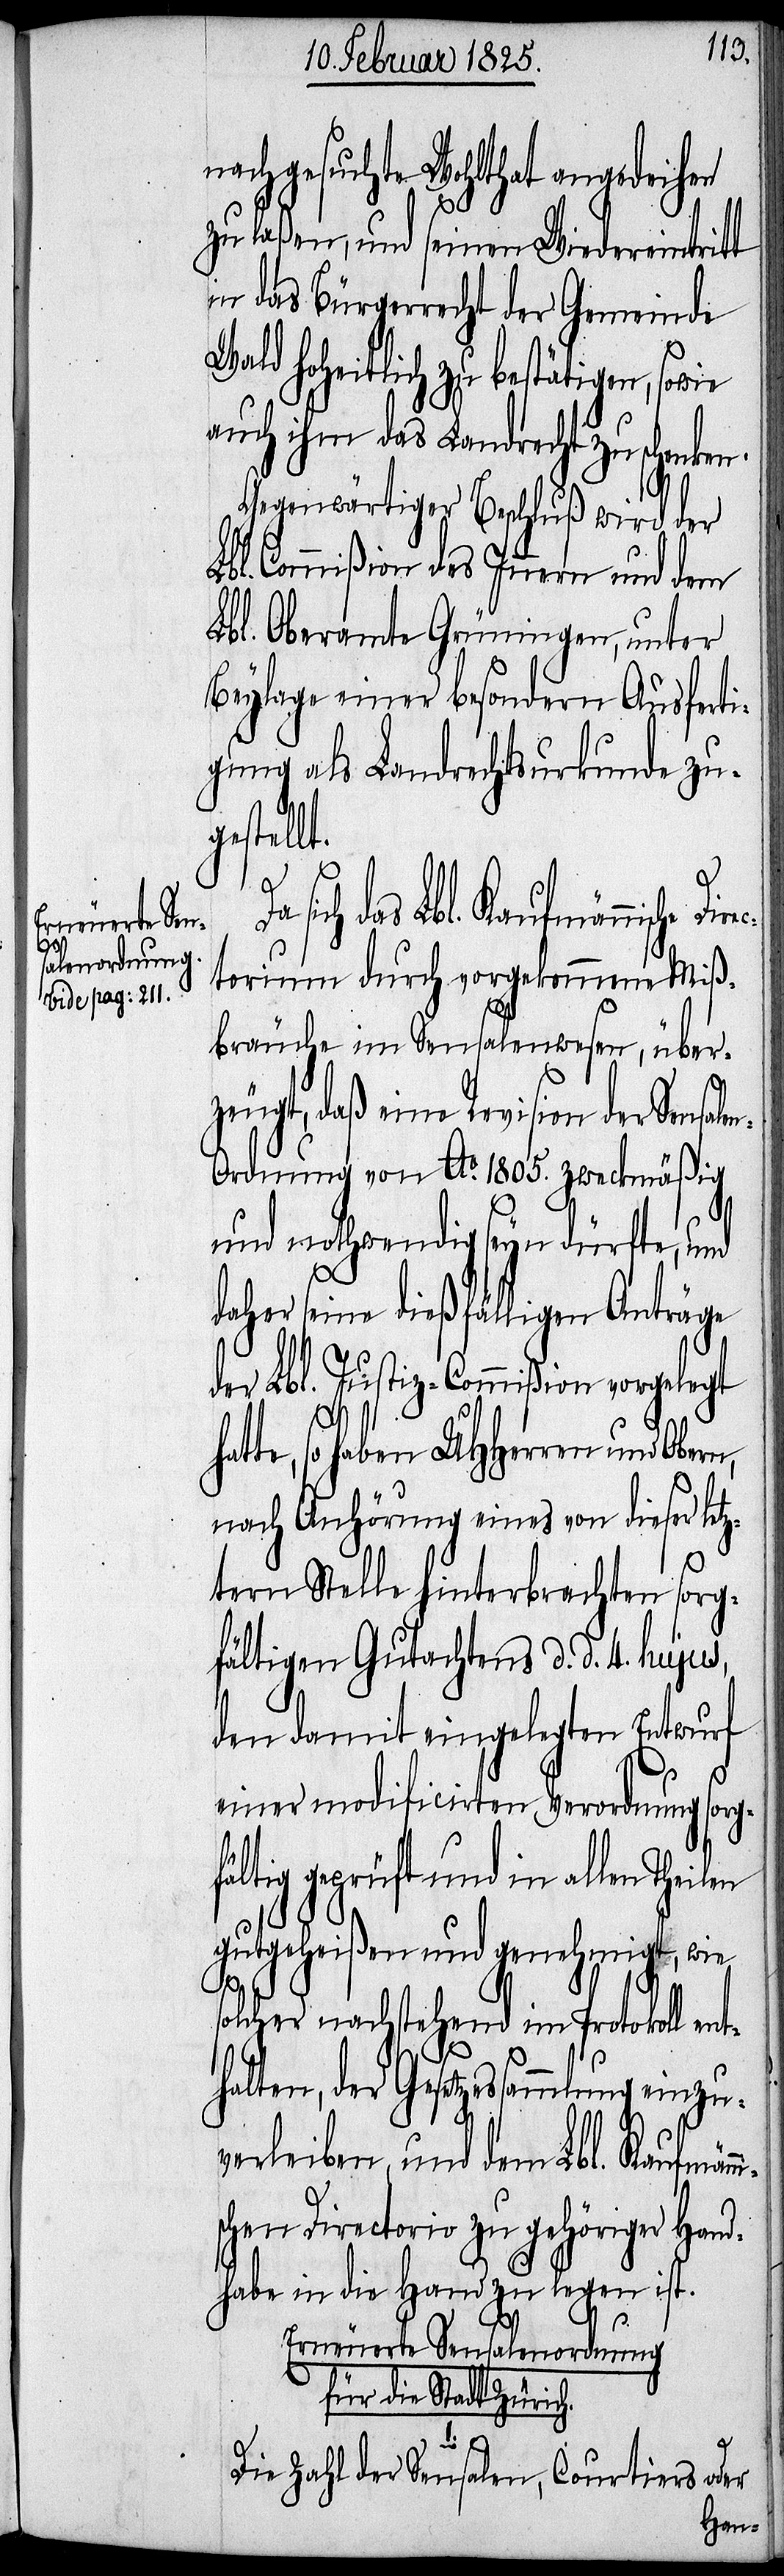
a-vide pag: 211.-a

nachgesuchte Wohlthat angedeihen
zu laßen, und seinen Wiedereintritt
in das Bürgerrecht der Gemeinde
Wad hoheitlich zu bestätigen, sowie
auch ihm das Landrecht zu schenken.
Gegenwärtiger Beschluß wird der
Lbl. Commißion des Innern und dem
Lbl. Oberamte Grüningen, unter
Beylage einer besondern Ausferti¬
gung als Landrechtsurkunde zug¬
estellt.
der Sensalen-O¬
ctorium durch vorgekommene Miß¬
bräuche im Sensalenwesen, über¬
zeugt, daß eine Revision
rdnung von Ao. 1805. zweckmäßig
und nothwendig seyn dürfte, und
her seine dießfälligen Anträge
der Lbl. Justiz-Commißion vorgelegt
so haben UHHerren und
nach Anhörung eines von dieser letz¬
tern Stelle hinterbrachten sorg¬
fältigen Gutachtens d. d. 4. hujus,
den damit eingelegten Entwurf
ni¬
einer modificirten Verordnung sorg¬
fältig geprüft und in allen Theilen
gutgeheißen und genehmigt, wie
solcher nachstehend im Protokoll en¬
thalten, der Gesetzessammlung einzu¬
verleiben, und dem Lbl. Kaufmän¬
schen Directorio zu gehöriger Hand¬
habe in die Hand zu legen ist.
Erneuerte Sensalenordnung
für die Stadt Zürich.
1.
Die Zahl der Sensalen, Courtiers oder